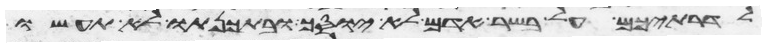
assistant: לדרתיכם על בשר אדם לא יוסך ובתכנתו לא תעשו